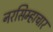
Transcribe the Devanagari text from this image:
नरसिम्हाचार